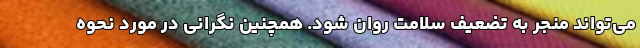
می‌تواند منجر به تضعیف سلامت روان شود. همچنین نگرانی در مورد نحوه